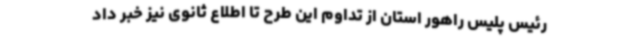
رئیس پلیس راهور استان از تداوم این طرح تا اطلاع ثانوی نیز خبر داد